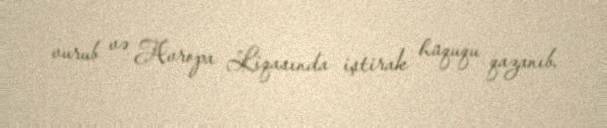
vurub və Avropa Liqasında iştirak hüququ qazanıb.